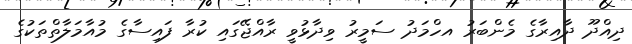
ދިއްދޫ ދާއިރާގެ މެންބަރު އހްމަދު ސަމީރު ވިދާޅުވީ ރާއްޖޭގައި ކުރާ ފައިސާގެ މުއާމަލާތްތަކުގެ